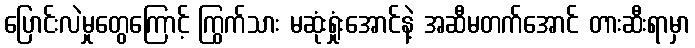
ပြောင်းလဲမှုတွေကြောင့် ကြွက်သား မဆုံးရှုံးအောင်နဲ့ အဆီမတက်အောင် တားဆီးရာမှာ